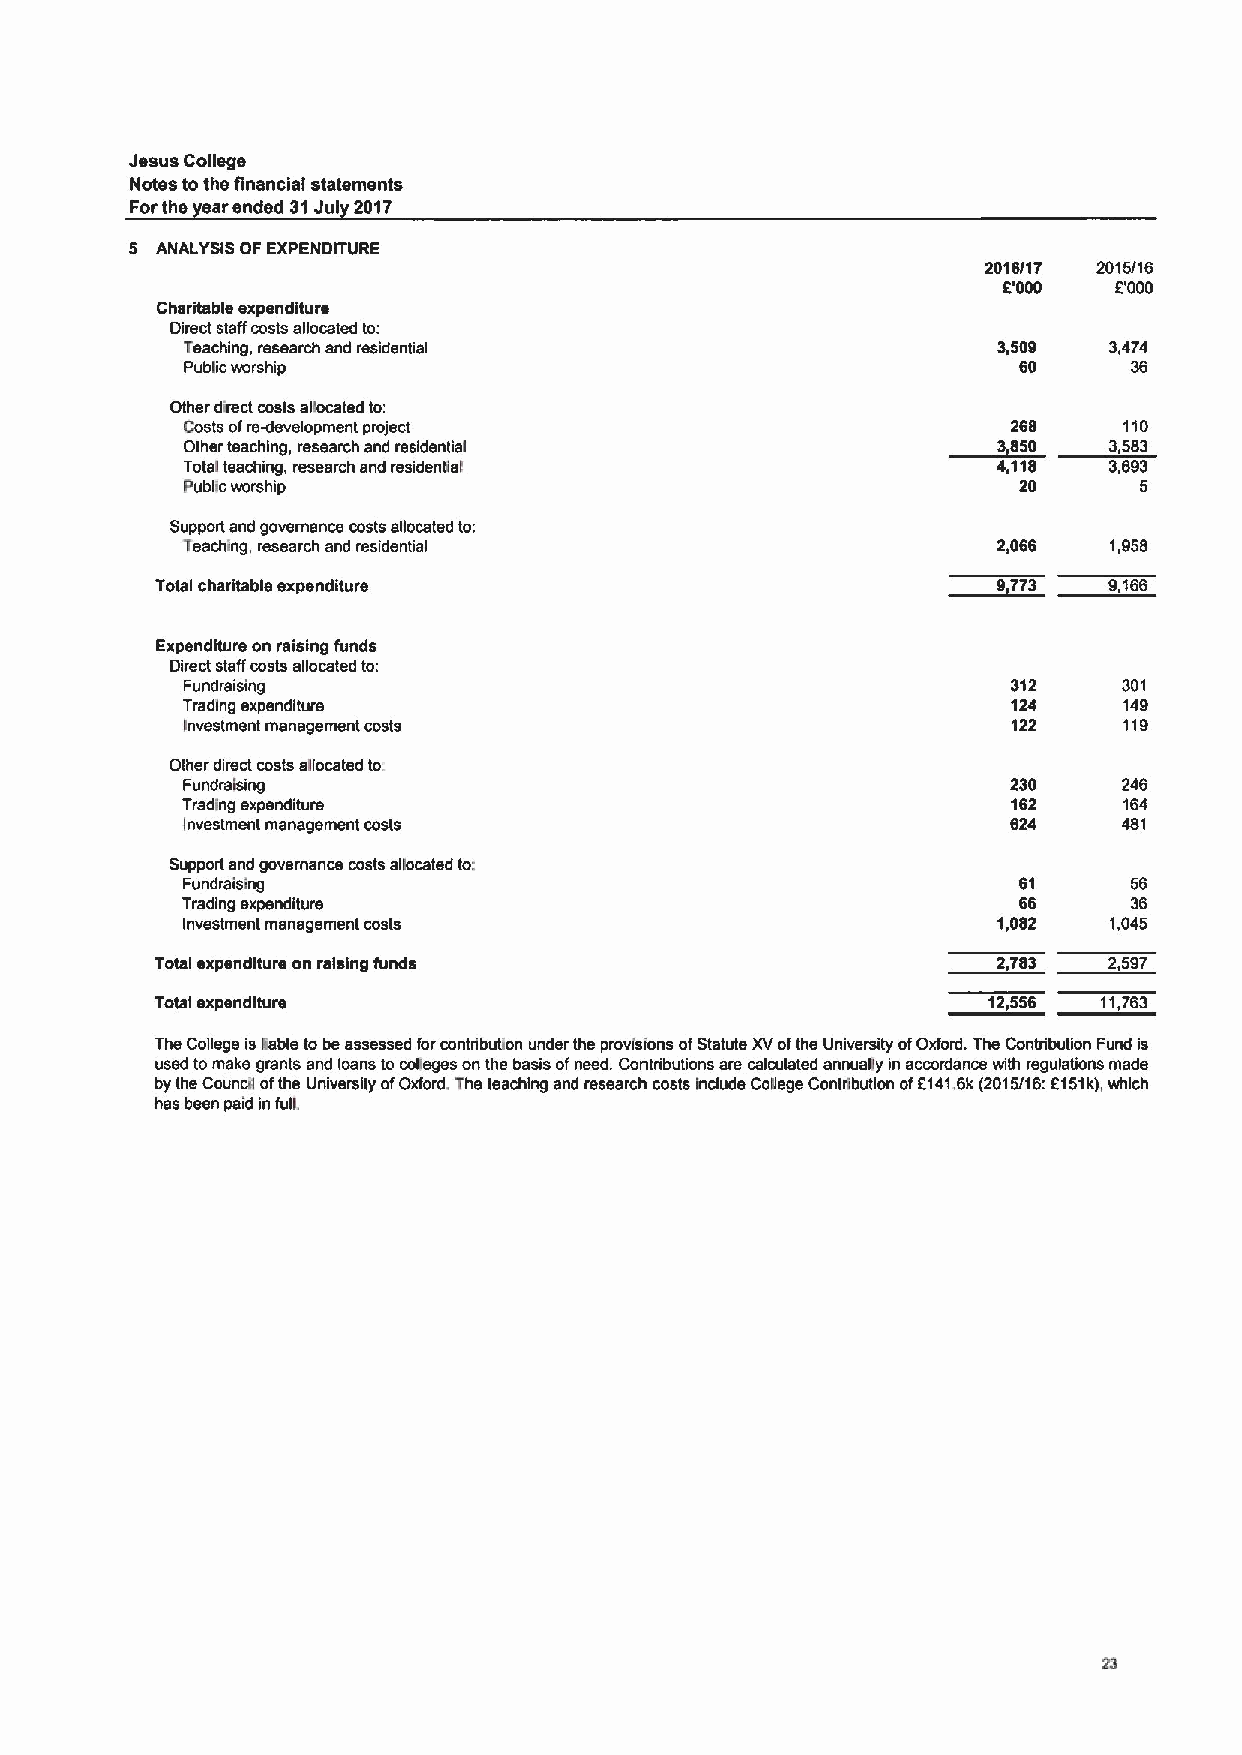
Jesus College
 Notes tothe ffnancial statements
 Forthe earended 31Jul 2017
 5 ANALYSIS OF EXPENDITURE
 2016/17 2015/16
 E000    E000
 Charitable expenditure
 Direct staff costs allocated to:
 Teaching, research and residential                    3,509  3,474
 Public worship                                         60      36
 Other direct costs allocated to:
 Costs ofre-development project                         268    110
 Other teaching, research and residential                     3,583
 Total teaching, research and residential              4,118  3,693
 Public worship                                         20      5
 Supporl and governance costs allocated to:
 Teaching, research and residential                    2,066  1,958
 Total charitable expenditure                            9,773  9,166
 Expenditure on raising funds
 Direct staff costs allocated to:
 Fundraising                                            312    301
 Trading expenditure                                    124    149
 Investment management costs                            122    119
 Other direct costs allocated to.
 Fundralsing                                            230    246
 Trading expenditure                                    162    164
 Investment management costs                            624    481
 Support and governance costs a0ocated to:
 Fundraising                                            61      56
 Trading expenditure                                    66      36
 Investment management costs                           1,082  1,045
 Total expenditure on raising funds                      2,783  2,597
 Total expenditure                                      12,556  11,763
 The College is sable to be assessed forcontribubon under the provisions ofStatute XVofthe University ofOxford. The Contribution Fund is
 used tomake grants and loans to colleges on the basis ofneed. Contributions are calculated annually in accordance with regulations made
 by the Council ofthe University ofOxford. The teaching and research costs Include College Contribution of51416k(2015/I6:5151k),which
 has been paid in full.
 23